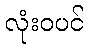
လုံးဝပင်